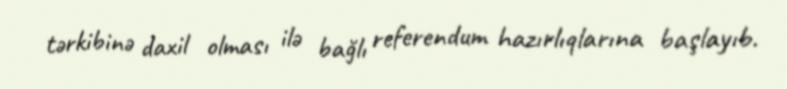
tərkibinə daxil olması ilə bağlı referendum hazırlıqlarına başlayıb.